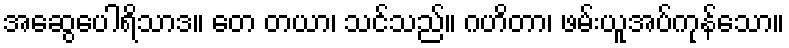
အဆွေပေါရိသာဒ။ တေ တယာ၊ သင်သည်။ ဂဟိတာ၊ ဖမ်းယူအပ်ကုန်သော။